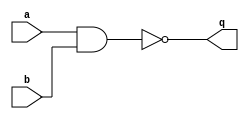
module nand00(
		input a,
		input b,
		output q
	);

	parameter RISE_TIME = 12.9,
			  FALL_TIME = 8;
	
	assign #(RISE_TIME, FALL_TIME) q = ~(a & b);
endmodule